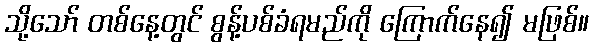
သို့သော် တစ်နေ့တွင် စွန့်ပစ်ခံရမည်ကို ကြောက်နေ၍ မဖြစ်။